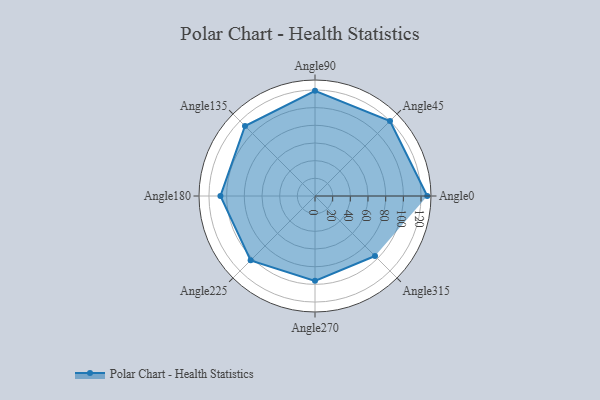
{"axis": {"x": "Angle", "y": "Radius"}, "legend": [""], "data": [{"x": "Angle0", "y": 127.0, "type": ""}, {"x": "Angle45", "y": 120.0, "type": ""}, {"x": "Angle90", "y": 119.0, "type": ""}, {"x": "Angle135", "y": 112.0, "type": ""}, {"x": "Angle180", "y": 107.0, "type": ""}, {"x": "Angle225", "y": 103.0, "type": ""}, {"x": "Angle270", "y": 96.0, "type": ""}, {"x": "Angle315", "y": 96.0, "type": ""}]}